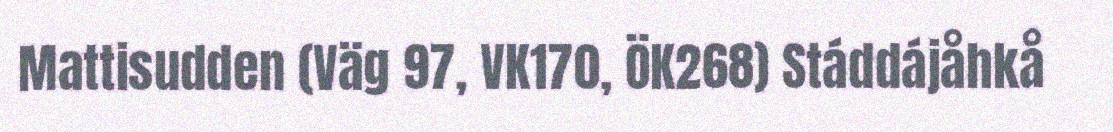
Mattisudden (Väg 97, VK170, ÖK268) Stáddájåhkå